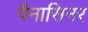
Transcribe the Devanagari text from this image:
पैनासिनर